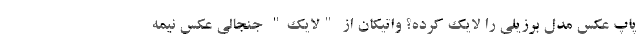
پاپ عکس مدل برزیلی را لایک کرده؟ واتیکان از "لایک" جنجالی عکس نیمه